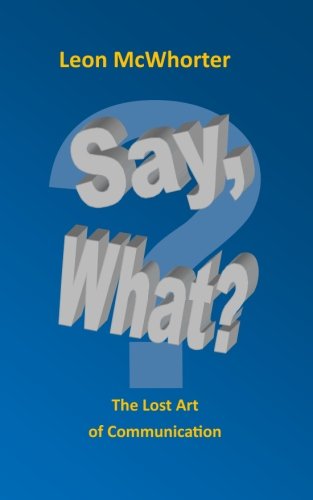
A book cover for Say, what?: "The Lost Art of Communication"; Leon McWhorter; Self-Help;